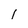
Character: 1